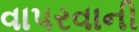
વાપરવાની